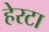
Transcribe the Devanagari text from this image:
हेरटा